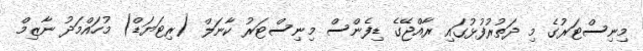
މިނިސްޓަރުގެ މި ދަތުރުފުޅުގައި ރާއްޖޭގެ ޑިފެންސް މިނިސްޓަރު ކާނަލް (ރިޓަޔަޑް) މުހައްމަދު ނާޒިމް